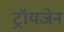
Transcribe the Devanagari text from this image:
ट्रॉयजेन